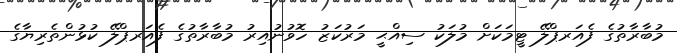
މުބާރާތުގެ ފެއަރޕްލޭ ޓީމަކަށް މުލަކު ސިއްޙީ މަރުކަޒު ހޮވުނުއިރު މުބާރާތުގެ ފެއަރޕްލޭ ކުޅުންތެރިޔާގެ